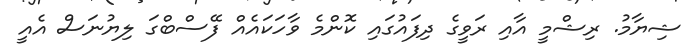
ޝިޔާމު. ރިޝްމީ އާއި ރަވީގެ ދިފަައުގައި ކޮންމެ ވާހަކައެއް ފޭސްބްގަ ލިޔުނަސް އެއީ